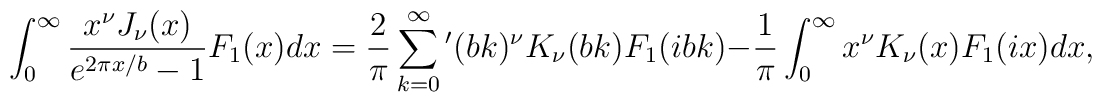
\int_{0}^{\infty }{\frac{x^\nu J_\nu (x)}{e^{2\pi x/b}-1}F_1(x)dx}=\frac{2}{\pi }\sum_{k=0}^{\infty }{'}(bk)^\nu K_\nu (bk)F_1(ibk)-\frac{1}{\pi }\int_{0}^{\infty }{x^\nu K_\nu (x)F_1(ix)dx},